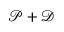
\mathscr P + \mathscr D